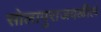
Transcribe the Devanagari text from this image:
सोलापुराजवळील